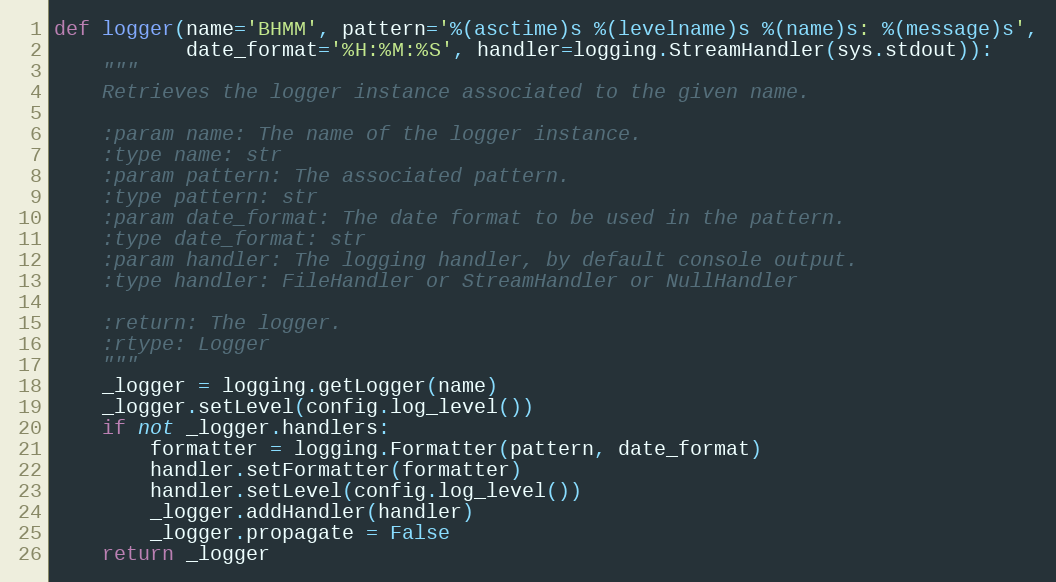
Language: Python
def logger(name='BHMM', pattern='%(asctime)s %(levelname)s %(name)s: %(message)s',
           date_format='%H:%M:%S', handler=logging.StreamHandler(sys.stdout)):
    """
    Retrieves the logger instance associated to the given name.

    :param name: The name of the logger instance.
    :type name: str
    :param pattern: The associated pattern.
    :type pattern: str
    :param date_format: The date format to be used in the pattern.
    :type date_format: str
    :param handler: The logging handler, by default console output.
    :type handler: FileHandler or StreamHandler or NullHandler

    :return: The logger.
    :rtype: Logger
    """
    _logger = logging.getLogger(name)
    _logger.setLevel(config.log_level())
    if not _logger.handlers:
        formatter = logging.Formatter(pattern, date_format)
        handler.setFormatter(formatter)
        handler.setLevel(config.log_level())
        _logger.addHandler(handler)
        _logger.propagate = False
    return _logger